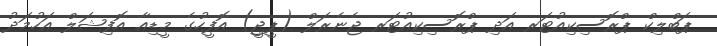
ޕަބްލިކް ޕްރޮސިކިއުޓަރ އަދި ޕްރޮސިކިއުޓަރ ޖެނެރަލް (ޕީޖީ) އޮފީހުގެ މީޑިއާ އޮފިޝަލް އަހުމަދު